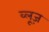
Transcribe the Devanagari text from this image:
व्लूज़